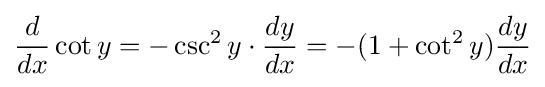
{d \over dx}\cot y=-\csc ^{2}y\cdot {dy \over dx}=-(1+\cot ^{2}y){dy \over dx}